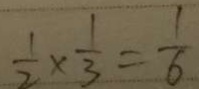
\frac { 1 } { 2 } \times \frac { 1 } { 3 } = \frac { 1 } { 6 }